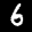
Label: 6